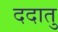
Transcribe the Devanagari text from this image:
ददातु